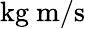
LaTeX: {\mathrm{kg~m}}/{\mathrm{s}}